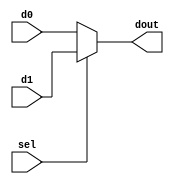
//do if sel is 0 else d1.
module mux_2x1_8bit(dout,d0,d1,sel);
	output [7:0] dout;
	input [7:0] d0,d1;
	input sel;
	assign dout = sel ? d1 : d0;
endmodule